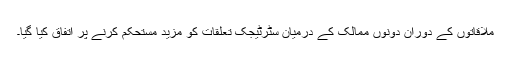
ملاقاتوں کے دوران دونوں ممالک کے درمیان سٹرٹیجک تعلقات کو مزید مستحکم کرنے پر اتفاق کیا گیا۔